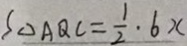
S _ { \Delta A Q C } = \frac { 1 } { 2 } \cdot 6 x